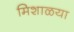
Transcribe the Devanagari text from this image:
मिशाळया